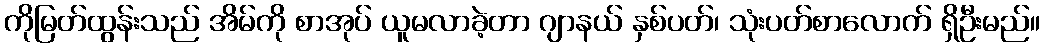
ကိုမြတ်ထွန်းသည် အိမ်ကို စာအုပ် ယူမလာခဲ့တာ ဂျာနယ် နှစ်ပတ်၊ သုံးပတ်စာလောက် ရှိဦးမည်။